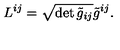
L ^ { i j } = \sqrt { \det { \tilde { g } _ { i j } } } \tilde { g } ^ { i j } .